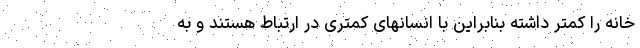
خانه را کمتر داشته بنابراین با انسانهای کمتری در ارتباط هستند و به